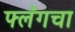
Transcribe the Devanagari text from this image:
फ्लॅगचा